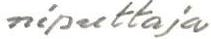
niputtaja